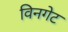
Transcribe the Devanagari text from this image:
विनगेट